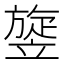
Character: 𥪱